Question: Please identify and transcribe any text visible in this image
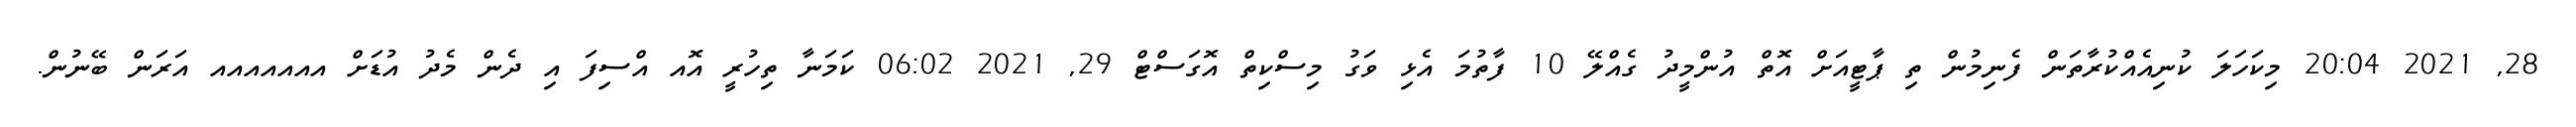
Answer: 28, 2021 20:04 މިކަހަލަ ކުނިއެއްކުރާތަން ފެނިމުން ތި ޕާޓީއަށް އޮތް އުންމީދު ގެއްލޭ 10 ފާތުމަ އެޅި ވަގު މިސްކިތް އޮގަސްޓް 29, 2021 06:02 ކަމަނާ ތިހުރީ އޮއ އްސިފަ އި ދެން މެދު އުޑަށް އއއއއއއ އަރަން ބޭނުން.